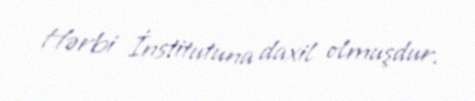
Hərbi İnstitutuna daxil olmuşdur.